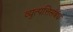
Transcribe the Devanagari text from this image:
व्युत्पत्तिसंबंध